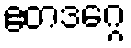
ဧတဒဂ္ဂေ